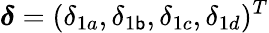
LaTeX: \boldsymbol{\delta}=(\delta_{1a},\delta_{1\mathsf{b}},\delta_{1c},\delta_{1d})^{T}